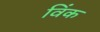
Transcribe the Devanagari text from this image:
विंक